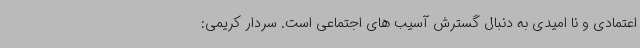
اعتمادی و نا امیدی به دنبال گسترش آسیب های اجتماعی است. سردار کریمی: